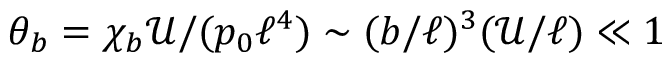
\theta _ { b } = \chi _ { b } \mathcal { U } / ( p _ { 0 } \ell ^ { 4 } ) \sim ( b / \ell ) ^ { 3 } ( \mathcal { U } / \ell ) \ll 1